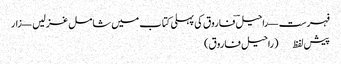
فہرست — راحیلؔ فاروق کی پہلی کتاب میں شامل غزلیں — زار
پیش لفظ (راحیل فاروق)